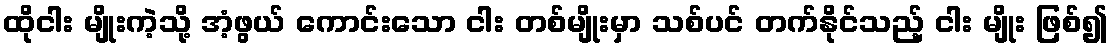
ထိုငါး မျိုးကဲ့သို့ အံ့ဖွယ် ကောင်းသော ငါး တစ်မျိုးမှာ သစ်ပင် တက်နိုင်သည့် ငါး မျိုး ဖြစ်၍